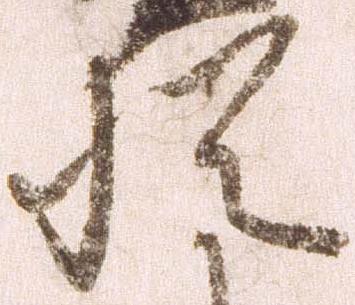
猶